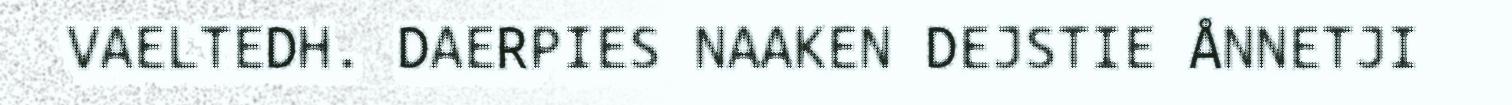
VAELTEDH. DAERPIES NAAKEN DEJSTIE ÅNNETJI